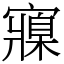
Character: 寱